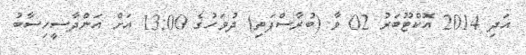
އަދި 2014 އޮކްޓޫބަރު 02 ވާ (ބުރާސްފަތި) ދުވަހުގެ 13:00 އަށް އަންދާސީހިސާބު